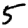
Digit: 5